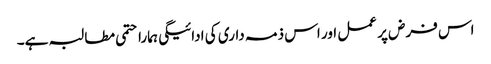
اس فرض پر عمل اور اس ذمہ داری کی ادائیگی ہمارا حتمی مطالبہ ہے۔